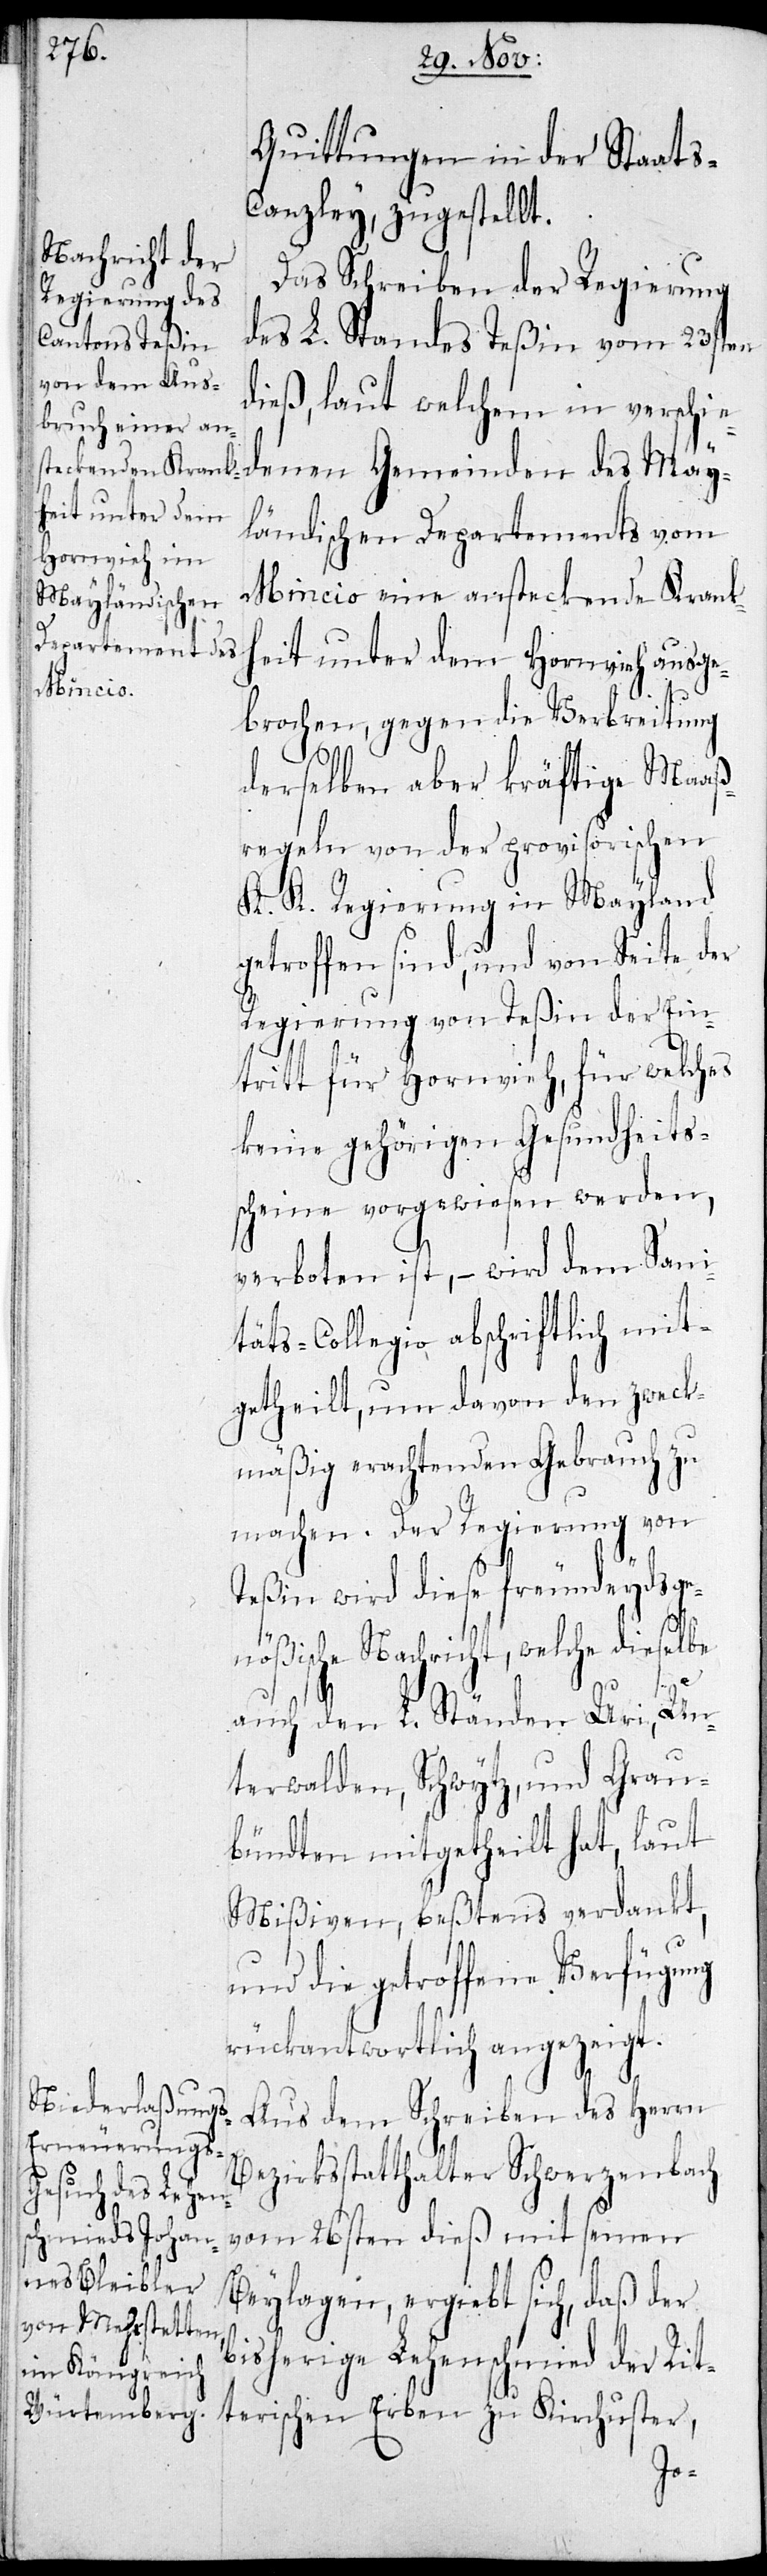
Quittungen in der Staats-C¬
anzley, zugestellt.
Das Schreiben der Regierung
des L. Standes Teßin vom 23sten
dieß, laut welchem in verschie¬
denen Gemeinden des Mai¬
ländischen Departements vom
Minicio eine ansteckende Krank¬
heit unter dem Hornvieh ausge¬
brochen, gegen die Verbreitung
derselben aber kräftige Maaß¬
regeln von der provisorischen
K. K. Regierung in Mailand
getroffen sind, und von Seite der
Regierung von Teßin der Ein¬
tritt für Hornvieh, für welches
keine gehörigen Gesundheits¬
scheine vorgewiesen werden,
verboten ist, – wird dem Sani¬
täts-Collegio abschriftlich mit¬
getheilt, um davon den zweck¬
mäßig erachtenden Gebrauch zu
machen. Der Regierung von
Teßin wird diese freundeydsge¬
nößische Nachricht, welche dieselbe
auch den L. Ständen Uri, Un¬
terwalden, Schwytz, und Grau¬
bündten mitgetheilt hat, laut
Mißiven, bestens verdankt,
und die getroffene Verfügung
rückantwortlich angezeigt.
Aus dem Schreiben des Herrn
Bezirksstatthalter Schwerzenbach
vom 26sten dieß mit seinen
Beylagen, ergiebt sich, daß der
bisherige Lehenschmied der Rit¬
terischen Erben zu Kirchuster,